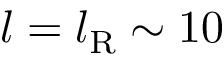
l = l _ { \mathrm { R } } \sim 1 0